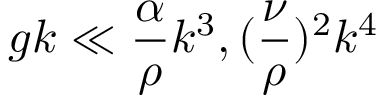
g k \ll \frac { \alpha } { \rho } k ^ { 3 } , ( \frac { \nu } { \rho } ) ^ { 2 } k ^ { 4 }